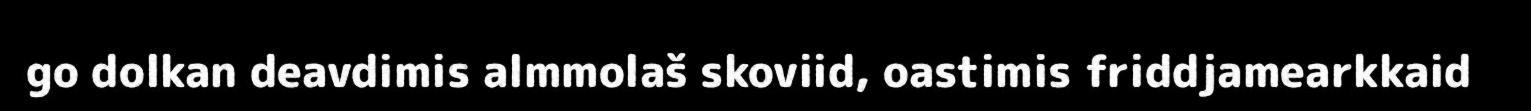
go dolkan deavdimis almmolaš skoviid, oastimis friddjamearkkaid